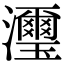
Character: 𤄽